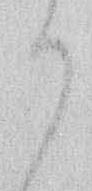
り